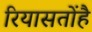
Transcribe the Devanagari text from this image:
रियासतोंहै